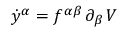
\dot { y } ^ { \alpha } = f ^ { \alpha \beta } \, \partial _ { \beta } \, V